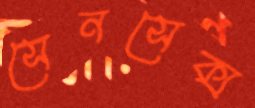
সেনসেক্স